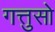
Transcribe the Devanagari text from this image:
गत्तुसो